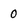
Character: 0